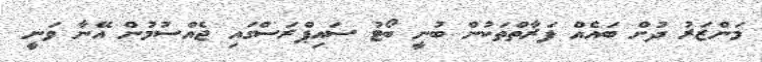
މަންޒަރު ދުށް ބައެއް ފަރާތްތަކުން ބުނީ ބޯޓު ސައިޕްރަސްގައި ޖެއްސުމުން އޭނާ ވަނީ